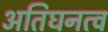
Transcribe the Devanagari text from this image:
अतिघनत्व